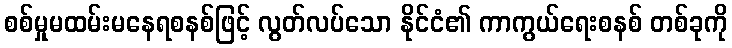
စစ်မှုမထမ်းမနေရစနစ်ဖြင့် လွတ်လပ်သော နိုင်ငံ၏ ကာကွယ်ရေးစနစ် တစ်ခုကို